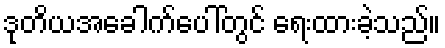
ဒုတိယအခေါက်ပေါ်တွင် ရေးထားခဲ့သည်။